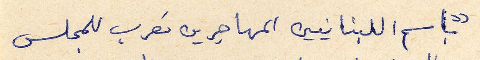
"باسم اللبنانيين المهاجرين نعرب للمجلس